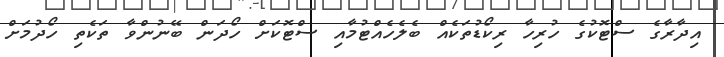
އިދާރާގެ ސްޓޮކުގެ ހުރިހާ ރިކޯޑުތަކެއް ބެލެހެއްޓުމާއި ސްޓޮކަށް ހޯދަން ބޭނުންވާ ތަކެތި ހޯދުމަށް